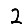
Digit: 2